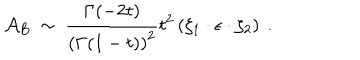
LaTeX: { \cal A } _ { B } ~ \sim ~ { \frac { \Gamma ( - 2 t ) } { \left( \Gamma ( 1 - t ) \right) ^ { 2 } } } t ^ { 2 } \left( \zeta _ { 1 } \cdot \epsilon \cdot \zeta _ { 2 } \right) ~ .